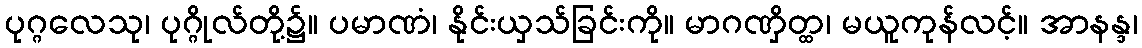
ပုဂ္ဂလေသု၊ ပုဂ္ဂိုလ်တို့၌။ ပမာဏံ၊ နိုင်းယှသ်ခြင်းကို။ မာဂဏှိတ္ထ၊ မယူကုန်လင့်။ အာနန္ဒ၊